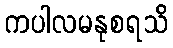
ကပါလမနုစရသိ